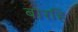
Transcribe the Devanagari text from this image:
बारहिं